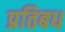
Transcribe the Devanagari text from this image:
प्रतिबध